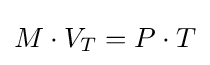
M\cdot V_{T}=P\cdot T